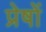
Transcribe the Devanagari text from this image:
प्रेषों